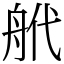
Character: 𦨮